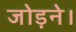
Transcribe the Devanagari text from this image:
जोड़ने।